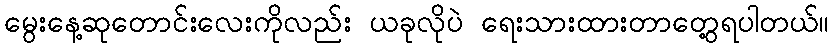
မွေးနေ့ဆုတောင်းလေးကိုလည်း ယခုလိုပဲ ရေးသားထားတာတွေ့ရပါတယ်။